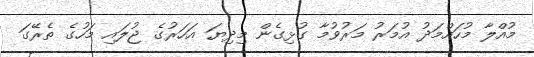
މުއްލާ މުހައްމަދު އުމަރު މަރުވުމާ ގުޅިގެން މިދިޔަ އަހަރުގެ ޖުލައި މަހުގެ ތެރޭގަ